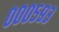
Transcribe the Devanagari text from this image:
०००५९३